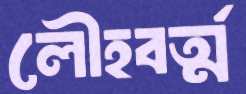
লৌহবর্ত্ম